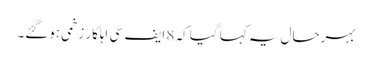
بہرحال یہ کہا گیا کہ 8 ایف سی اہلکار زخمی ہوگئے۔